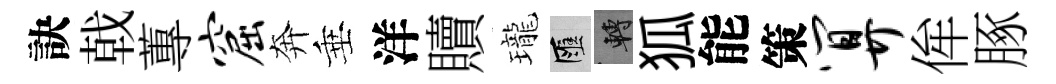
訣戟蓴窟奔垂洋贖瓏匯轉狐能策算侔䐁